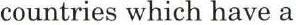
countries which have a